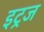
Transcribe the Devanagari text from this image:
इट्रज